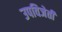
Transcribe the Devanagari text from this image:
उपविजेती